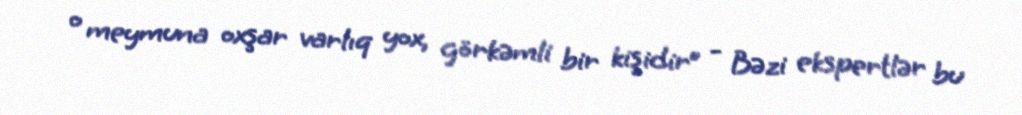
o meymuna oxşar varlıq yox, görkəmli bir kişidir” - Bəzi ekspertlər bu